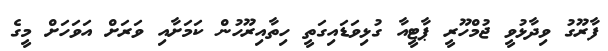
ފާރޫގު ވިދާޅުވީ ޖުމްހޫރީ ޕާޓީއާ ގުޅިވަޑައިގަތީ ހިތާއިރޫހުން ކަމަށާއި ވަރަށް އަވަހަށް މީގެ